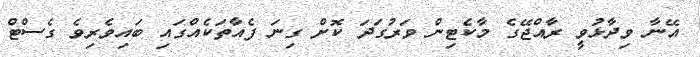
އޭނާ ވިދާޅުވީ ރާއްޖޭގެ މާކެޓިން ވަރުގަދަ ކޮށް ގިނަ ފެއާތަކެއްގައި ބައިވެރިވެ ގެސްޓް